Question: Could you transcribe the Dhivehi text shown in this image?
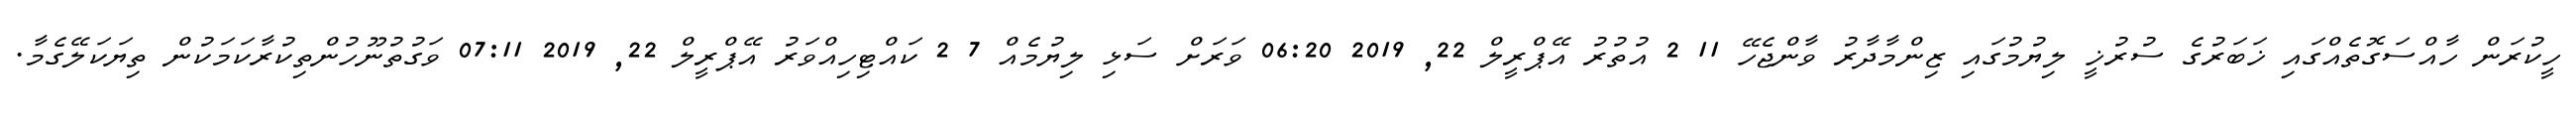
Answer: ހީކުރަން ހާއްސަގޮތެއްގައި ޚަބަރުގެ ސުރުޚީ ލިޔުމުގައި ޒިންމާދާރު ވާންޖެހޭ 11 2 އުތުރު އޭޕްރީލް 22, 2019 06:20 ވަރަށް ސަޅި ލިޔުމެއް 7 2 ކައްޓިހިއްވަރު އޭޕްރީލް 22, 2019 07:11 ވަގުތުނޫހުންތިކުރާކަމަކުން ތިޔަކަލޭގެމާ.